Report of the Municipal Commissioner on the plague in Bombay for the year ending 31st May... - Volume 2
Disease focus: Plague
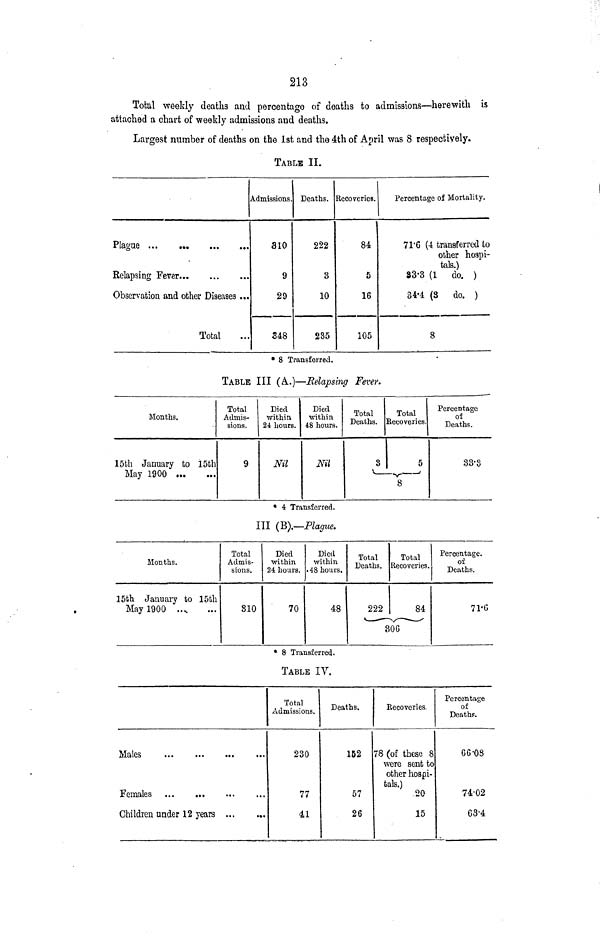
213
Total weekly deaths and percentage of deaths to admissions—herewith is
attached a chart of weekly admissions and deaths.
Largest number of deaths on the 1st and the 4th of April was 8 respectively.
TABLE II.
Relapsing Fever
Observation and other Diseases ...
Total
Admissions.
310
9
29
348
Deaths.
222
3
10
235
Recoveries.
84
5
16
105
Percentage of Mortality.
71*6 (4 transferred to
other hospi-
tals.)
83-3 (1 do. )
34-4 (3
do. )
8
• 8 Transferred.
TABLE III (A..)—Relapsing Fever.
Months.
15th January to 15th
May 1900
Total
Admis-
sions.
9
Died
within
24 hours.
Nil
Died
within
48 hours.
Nil
Total
Deaths.
3
v —
Total
Eecoveries.
5
y
'
8
Percentage
of
Deaths.
33-3
* 4 Transferred.
Ill (B).—Plague.
Months.
15fch January to 15th
May 1900 ....
Total
Admis-
sions.
810
Died
within
24 hours.
70
Died
Within
• 48 hours.
48
Total
Deaths.
222
v_ — — -
8
Total
Recoveries.
84
OG
Percentage.
of
Deaths.
71'C
* 8 Transferred.
TABLE IV.
Males
Females
Children under 12 years ...
...
Total
Admissions.
230
77
41
Deaths,
152
57
26
Recoveries.
78 (of these 8
were sent to
other hospi-
tals.)
20
15
Percentage
of
Deaths.
66-08
74-02
63'4